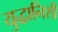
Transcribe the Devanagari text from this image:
युद्धानिशी